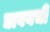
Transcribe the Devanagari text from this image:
द्यावयची